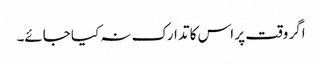
اگر وقت پر اس کا تدارک نہ کیا جائے۔